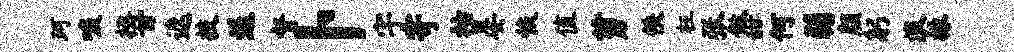
珂唳拯甘遮技退督卜宇寄祜晏恢值剪佚枉张做甜何弱颜躬浪掾